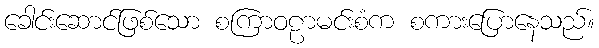
ခေါင်းဆောင်ဖြစ်သော စကြာဝဠာမင်းစံက စကားပြောနေသည်။